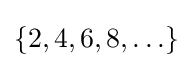
\{2,4,6,8,\ldots \}